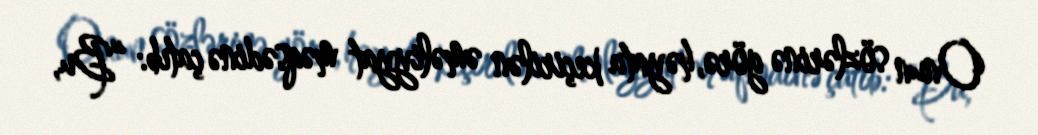
Onun sözlərinə görə, həyata keçirilən əməliyyat məqsədinə çatıb: “Bu,